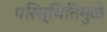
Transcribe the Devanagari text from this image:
परिस्थितिमुळे